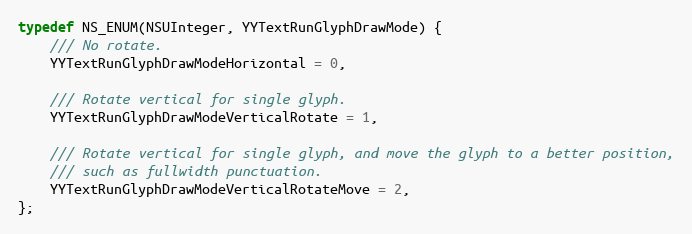
Language: C
typedef NS_ENUM(NSUInteger, YYTextRunGlyphDrawMode) {
    /// No rotate.
    YYTextRunGlyphDrawModeHorizontal = 0,

    /// Rotate vertical for single glyph.
    YYTextRunGlyphDrawModeVerticalRotate = 1,

    /// Rotate vertical for single glyph, and move the glyph to a better position,
    /// such as fullwidth punctuation.
    YYTextRunGlyphDrawModeVerticalRotateMove = 2,
};